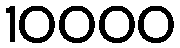
10000